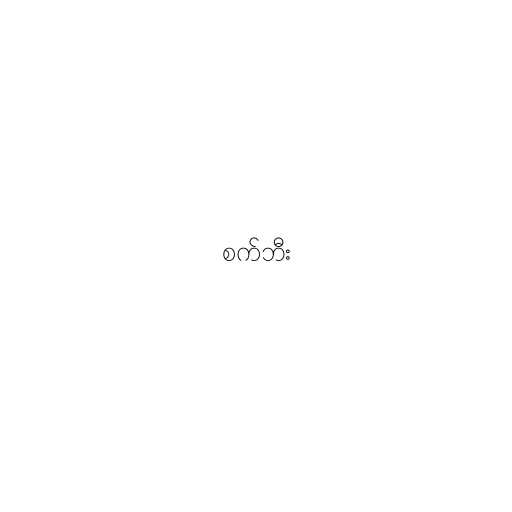
စက်ဘီး